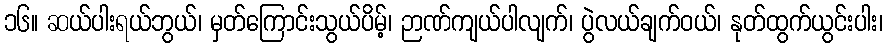
၁၆။ ဆယ်ပါးရယ်ဘွယ်၊ မှတ်ကြောင်းသွယ်ပိမ့်၊ ဉာဏ်ကျယ်ပါလျက်၊ ပွဲလယ်ချက်ဝယ်၊ နုတ်ထွက်ယွင်းပါး၊